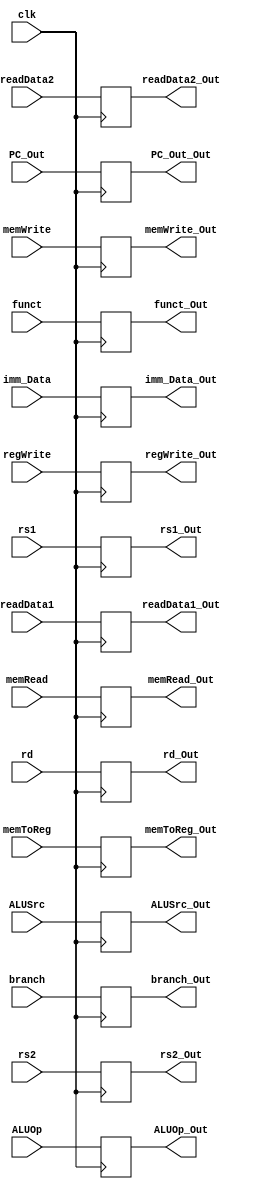
module IDEX(
	input clk,
	input [63:0] readData1, readData2, PC_Out, imm_Data,
	input [4:0] rs1, rs2, rd,
	input [3:0] funct,
	input branch, memRead, memToReg, memWrite, ALUSrc, regWrite,
	input [1:0] ALUOp,
	output reg [63:0] readData1_Out, readData2_Out, PC_Out_Out, imm_Data_Out,
	output reg [4:0] rs1_Out, rs2_Out, rd_Out,
	output reg [3:0] funct_Out,
	output reg branch_Out, memRead_Out, memToReg_Out, memWrite_Out, ALUSrc_Out, regWrite_Out,
	output reg [1:0] ALUOp_Out	
);

	always @ (posedge clk)
	begin
		readData1_Out = readData1;
		readData2_Out = readData2;
		PC_Out_Out = PC_Out;
		imm_Data_Out = imm_Data;
		rs1_Out = rs1;
		rs2_Out = rs2;
		rd_Out = rd;
		funct_Out = funct;
		branch_Out = branch;
		memRead_Out = memRead;
		memToReg_Out = memToReg;
		memWrite_Out = memWrite;
		ALUSrc_Out = ALUSrc;
		regWrite_Out = regWrite;
		ALUOp_Out = ALUOp;
	end
	
endmodule